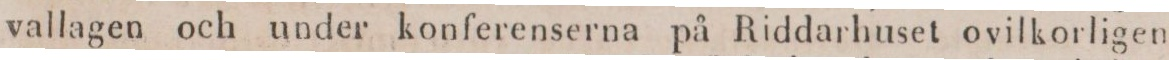
vallagen och under konferenserna på Riddarhuset ovilkorligen